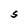
Character: S